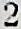
2